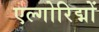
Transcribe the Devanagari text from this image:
एल्गोरिद्मों